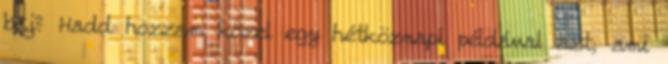
baj? Hadd hozzam közel egy hétköznapi példával azt, ami